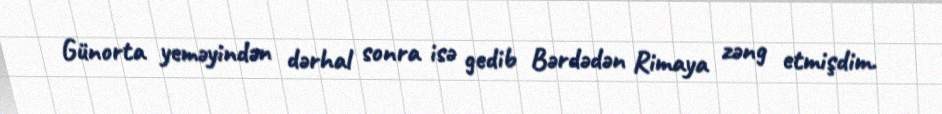
Günorta yeməyindən dərhal sonra isə gedib Bərdədən Rimaya zəng etmişdim.